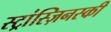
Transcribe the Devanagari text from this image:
स्ट्रांस्ज़िनस्की